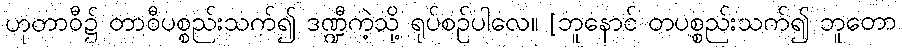
ဟုတာဝီ၌ တာဝီပစ္စည်းသက်၍ ဒဏ္ဍီကဲ့သို့ ရုပ်စဉ်ပါလေ။ [ဘူနောင် တပစ္စည်းသက်၍ ဘူတော